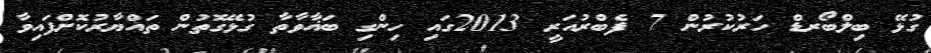
ގުޅޭ ބިލްބޯރޑް ހަރުކުރުން 7 ފެބްރުއަރީ 2013ގައި ހިންގި ބަޣާވާތާ ގުޅޭގޮތުން ތައްޔާރުކޮށްފައިވާ